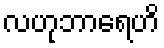
လဟုဘာရေဟိ